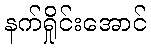
နက်ရှိုင်းအောင်